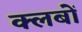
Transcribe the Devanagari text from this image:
क्‍लबों